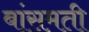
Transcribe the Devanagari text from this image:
बांसमती